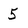
Character: 5